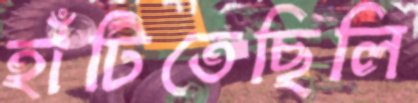
হাঁটিতেছিলি